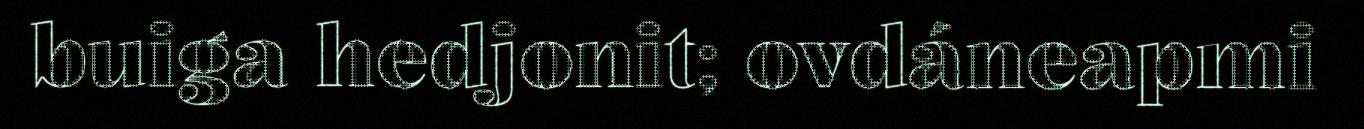
buiga hedjonit; ovdáneapmi